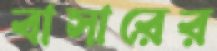
বাসারের